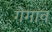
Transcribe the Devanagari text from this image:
गेगाव